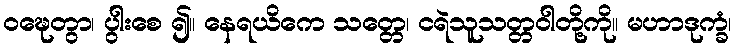
ဝဍ္ဎေတွာ၊ ပွါးစေ ၍။ နေရယိကေ သတ္တေ၊ ငရဲသူသတ္တဝါတို့ကို။ မဟာဒုက္ခံ၊